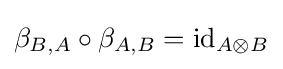
\beta _{B,A}\circ \beta _{A,B}={\text{id}}_{A\otimes B}